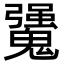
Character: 𩴒